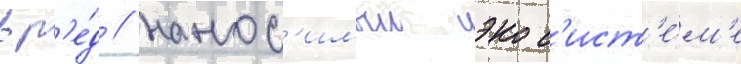
вр'е́д / нанос'имыи экос'ист'е́м'е